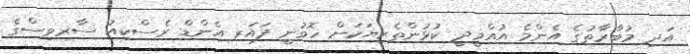
އަދި މުބާރާތުގެ އެންމެ އުއްމީދީ ކުޅުންތެރިޔަކަށް ހޮވުނީ ފައަރ އެންޑް ރެސްކިއު ސާރވިސްގެ